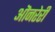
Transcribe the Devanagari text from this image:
ऒनरेरी